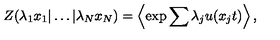
Z ( \lambda _ { 1 } x _ { 1 } | \ldots | \lambda _ { N } x _ { N } ) = \left\langle \exp { \sum { \lambda _ { j } u ( x _ { j } t ) } } \right\rangle ,